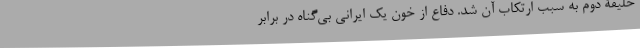
خلیفۀ دوم به سبب ارتکاب آن شد. دفاع از خون یک ایرانی بی‌گناه در برابر